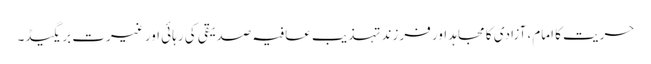
حریت کا امام، آزادی کا مجاہد اور فرزند تہذیب	عافیہ صدیقی کی رہائی اور غیرت بریگیڈ۔